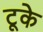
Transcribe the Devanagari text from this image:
टूके